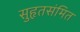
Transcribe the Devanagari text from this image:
सुहृतसंमित